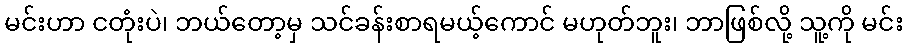
မင်းဟာ ငတုံးပဲ၊ ဘယ်တော့မှ သင်ခန်းစာရမယ့်ကောင် မဟုတ်ဘူး၊ ဘာဖြစ်လို့ သူ့ကို မင်း